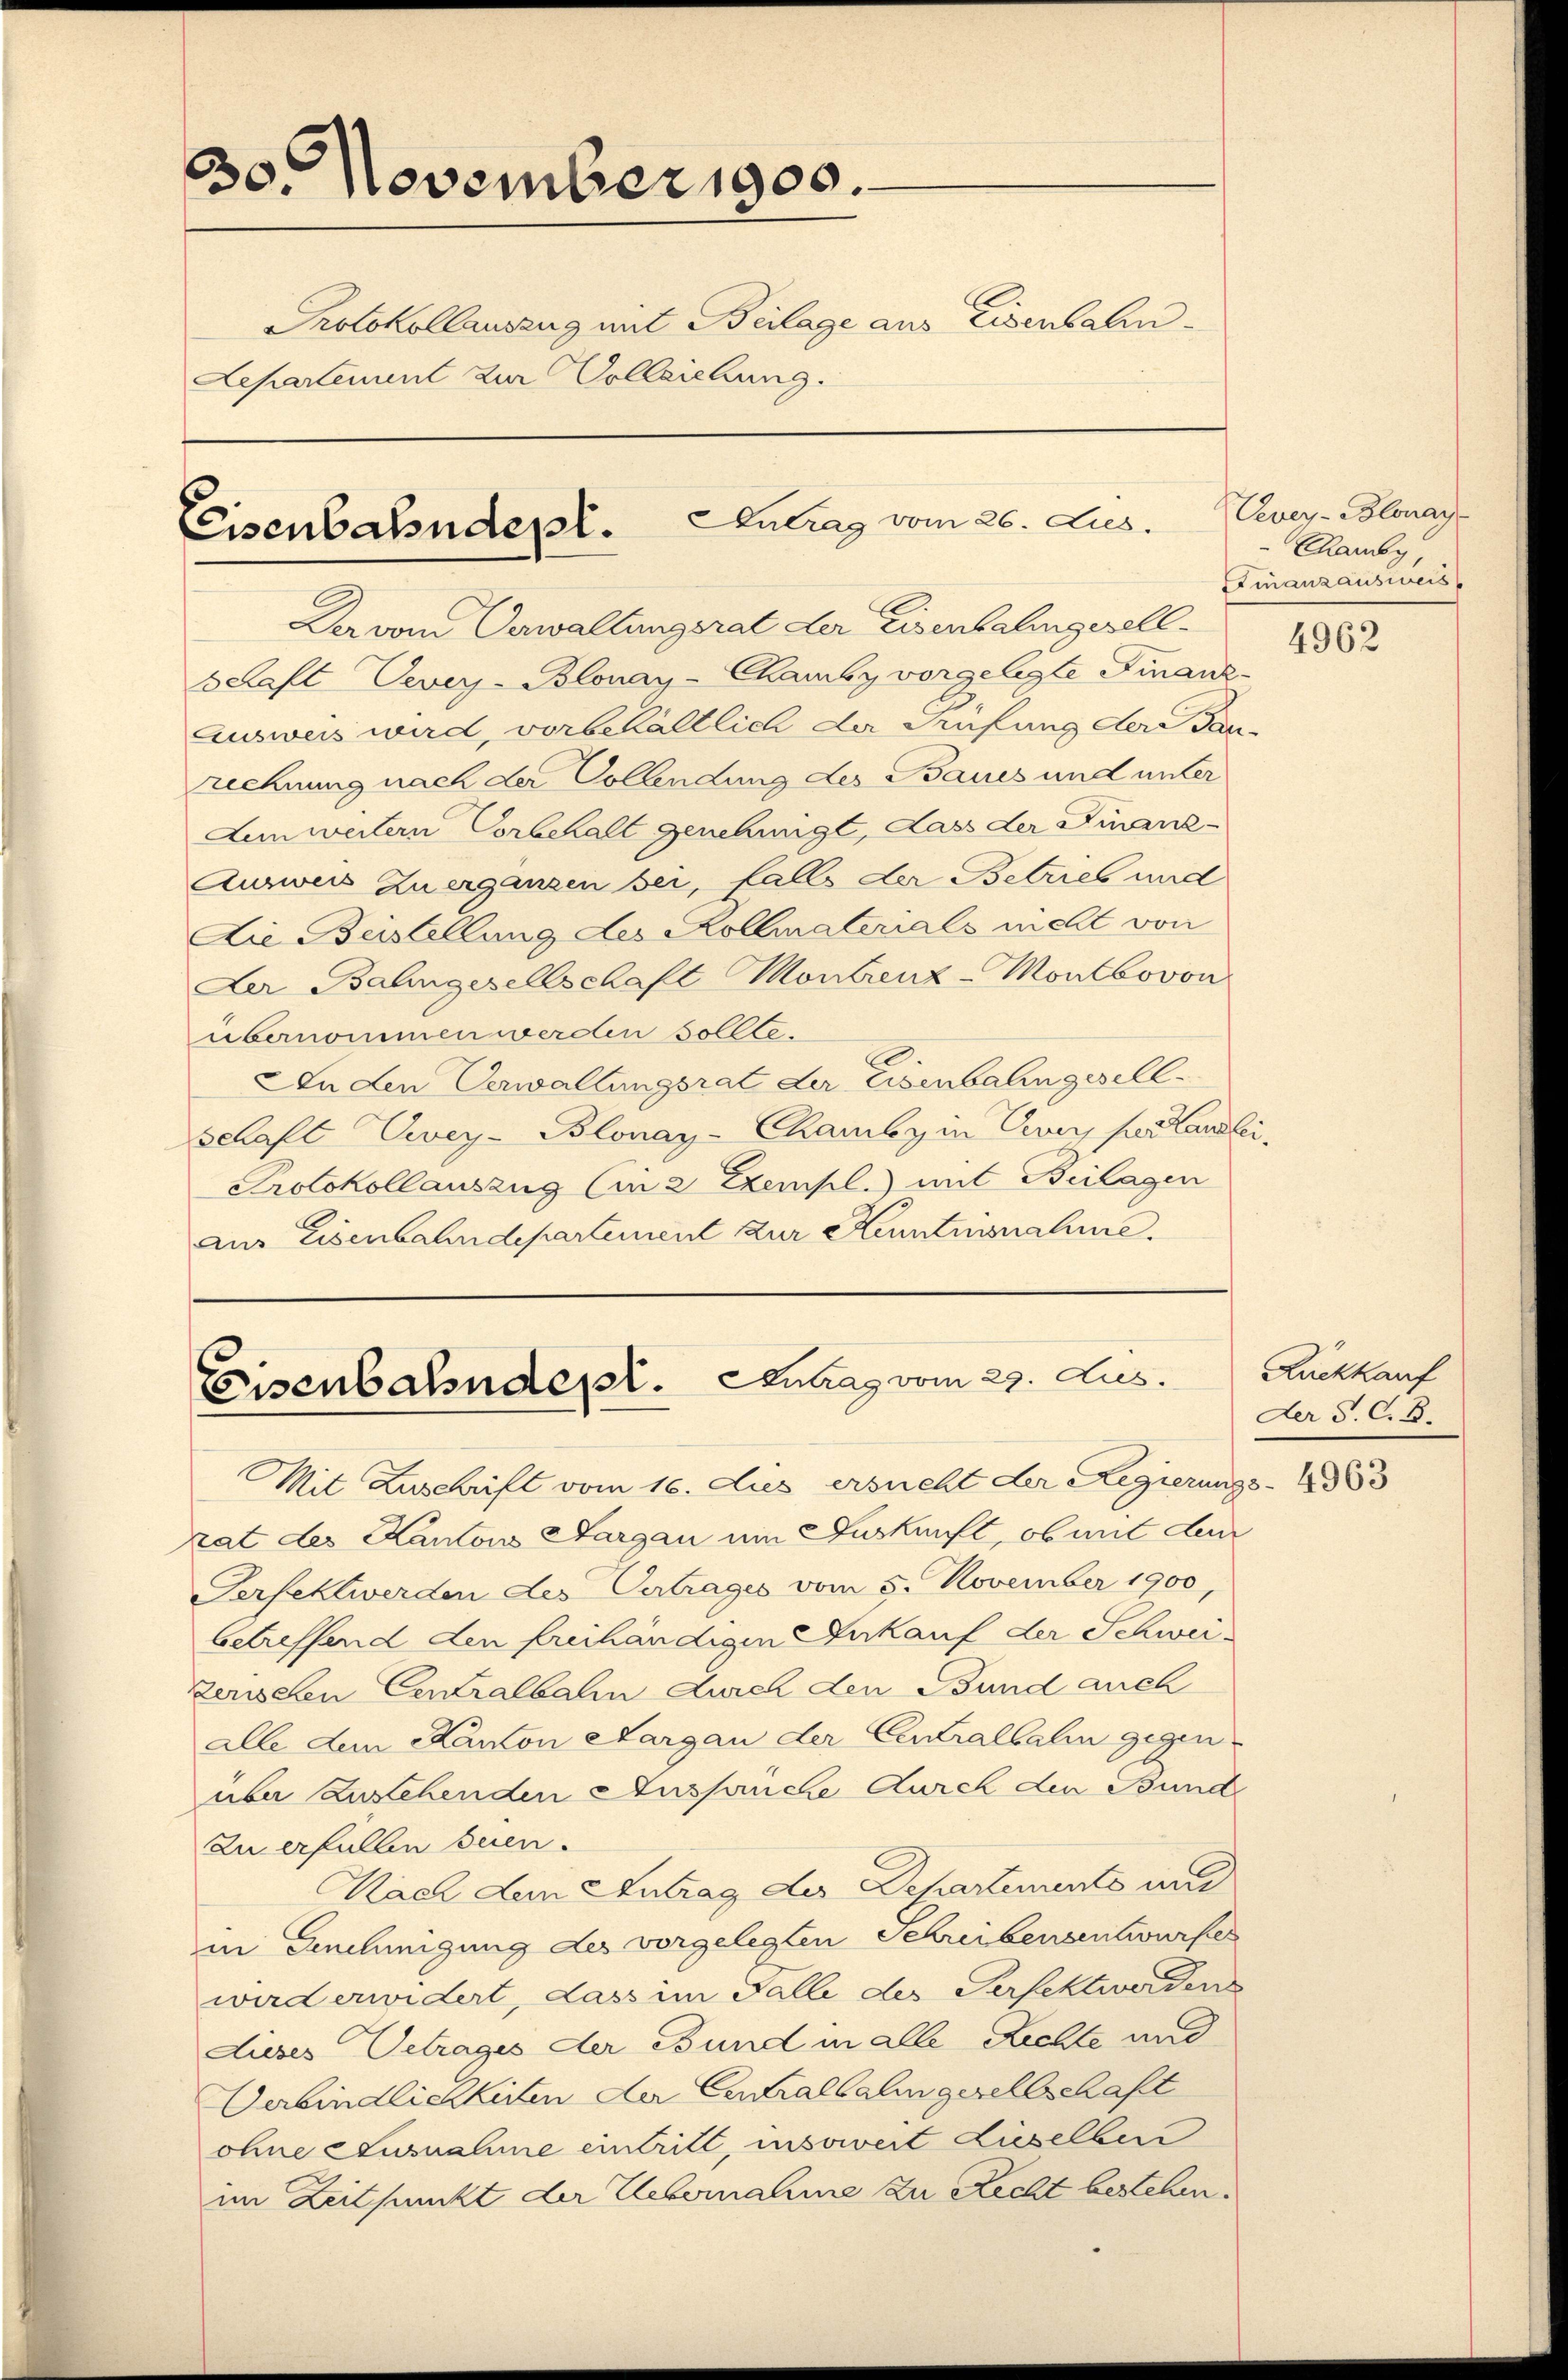
30. November 1900.
Protokollauszug mit Beilage aus Eisenbahn¬
Lepartement zur Vollziehung.

Eisenbahndepl. Antrag vom 26. Jus

Der vom Verwaltungsrat der Eisenbahngesell-
Schaft Vevey-Blonay-Chamby vorgelegte Finanz
Ausweis wird, vorbehältlich der Prüfung dere dan
rechnung nach der Collendung des Baues und unter
Lunweitern Vorbehalt genehmigt, dass der Finanz-
Ausweis zu erganzen bei, falls der Betrieb und
Die Beistellung des Kollmaterials mehl von
Der Balingesellschaft Montreuz-Montbovon
übernommen werden sollte.
An den Verwaltungsrat der Eisenbalingesell¬
Schaft Zwey-Blonay-Chamby in Vevey par Lands
Protokollauszug (in 2 Exempl.) mit Beilagen
aus Eisenbahndepartement zur Kenntnisnahme.

Eisenbahndert. Antrag vom 29. Aus

Mit Zuschrift vom 16. Aus ersucht der Regierungs- 1883
rat des Kantons Aargau ein Auskunft, ob mit den
Perfektwerden des Vertrages vom 5. November 1900,
betreffend den freihändigen Ankauf der Schwei-
zenschen Centralbahn durch den Bund auch
alle dem Kanton Aargau der Centralsalm gegen
übe zustehenden Anspruche Aurch den Bund
Zu erfüllen seien.
Nach dem Antrag des Departements und
in Genehmigung des vorgelegten Schreibensentwurfes
wird erwidert, dass im Falle der Verfekt werdens
Dieses Getrages der Bund in alle Rechte und
Verbindlichkeiten der Centraltalingesellschaft
ohne Ausnahme eintritt, insoweit dieselben
im Zeitpunkt der Uebernahme zu Recht bestehen.

Vevey-Blonay-
Rhany
Einanzausweis

e

u

4962

Rückkauf
Der S. C. B.